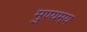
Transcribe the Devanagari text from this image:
मुण्यमय